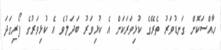
ހާއްސަކޮށް ގަނޑުވަރު ތެރޭގެ ކުޅިވަރަކަށް އެ ކުޅިވަރު ބަދަލުވެ އެ ކުޅިވަރުގެ ފޯރިގަދަ